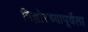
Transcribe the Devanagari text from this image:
निल्लोरच्यापूर्वेला